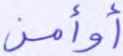
أوأمن